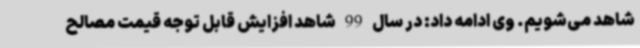
شاهد می‌شویم. وی ادامه داد: در سال 99 شاهد افزایش قابل توجه قیمت مصالح